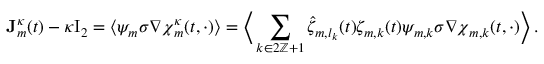
\mathbf { J } _ { m } ^ { \kappa } ( t ) - \kappa \ensuremath { \mathrm { I } _ { 2 } } = \bigl \langle \psi _ { m } \sigma \nabla { \boldsymbol { \chi } } _ { m } ^ { \kappa } ( t , \cdot ) \bigr \rangle = \biggl \langle \, \sum _ { k \in 2 \ensuremath { \mathbb { Z } } + 1 } \hat { \zeta } _ { m , l _ { k } } ( t ) \zeta _ { m , k } ( t ) \psi _ { m , k } \sigma \nabla { \boldsymbol { \chi } } _ { m , k } ( t , \cdot ) \biggr \rangle \, .